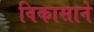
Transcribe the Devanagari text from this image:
विकासाने